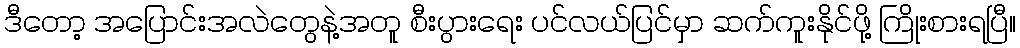
ဒီတော့ အပြောင်းအလဲတွေနဲ့အတူ စီးပွားရေး ပင်လယ်ပြင်မှာ ဆက်ကူးနိုင်ဖို့ ကြိုးစားရပြီ။